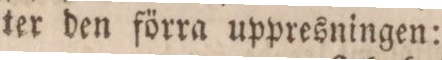
ter den förra uppresningen: